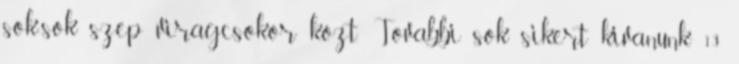
sok-sok szep viragcsokor kozt. Tovabbi sok sikert kivanunk 13